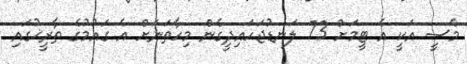
މެސީ އަކީ އެ ޓީމަށް 73 ލަނޑުޖަހައިދީގެން މިހާތަނަށް އެ ގައުމުގެ ތާރީޚުގައި